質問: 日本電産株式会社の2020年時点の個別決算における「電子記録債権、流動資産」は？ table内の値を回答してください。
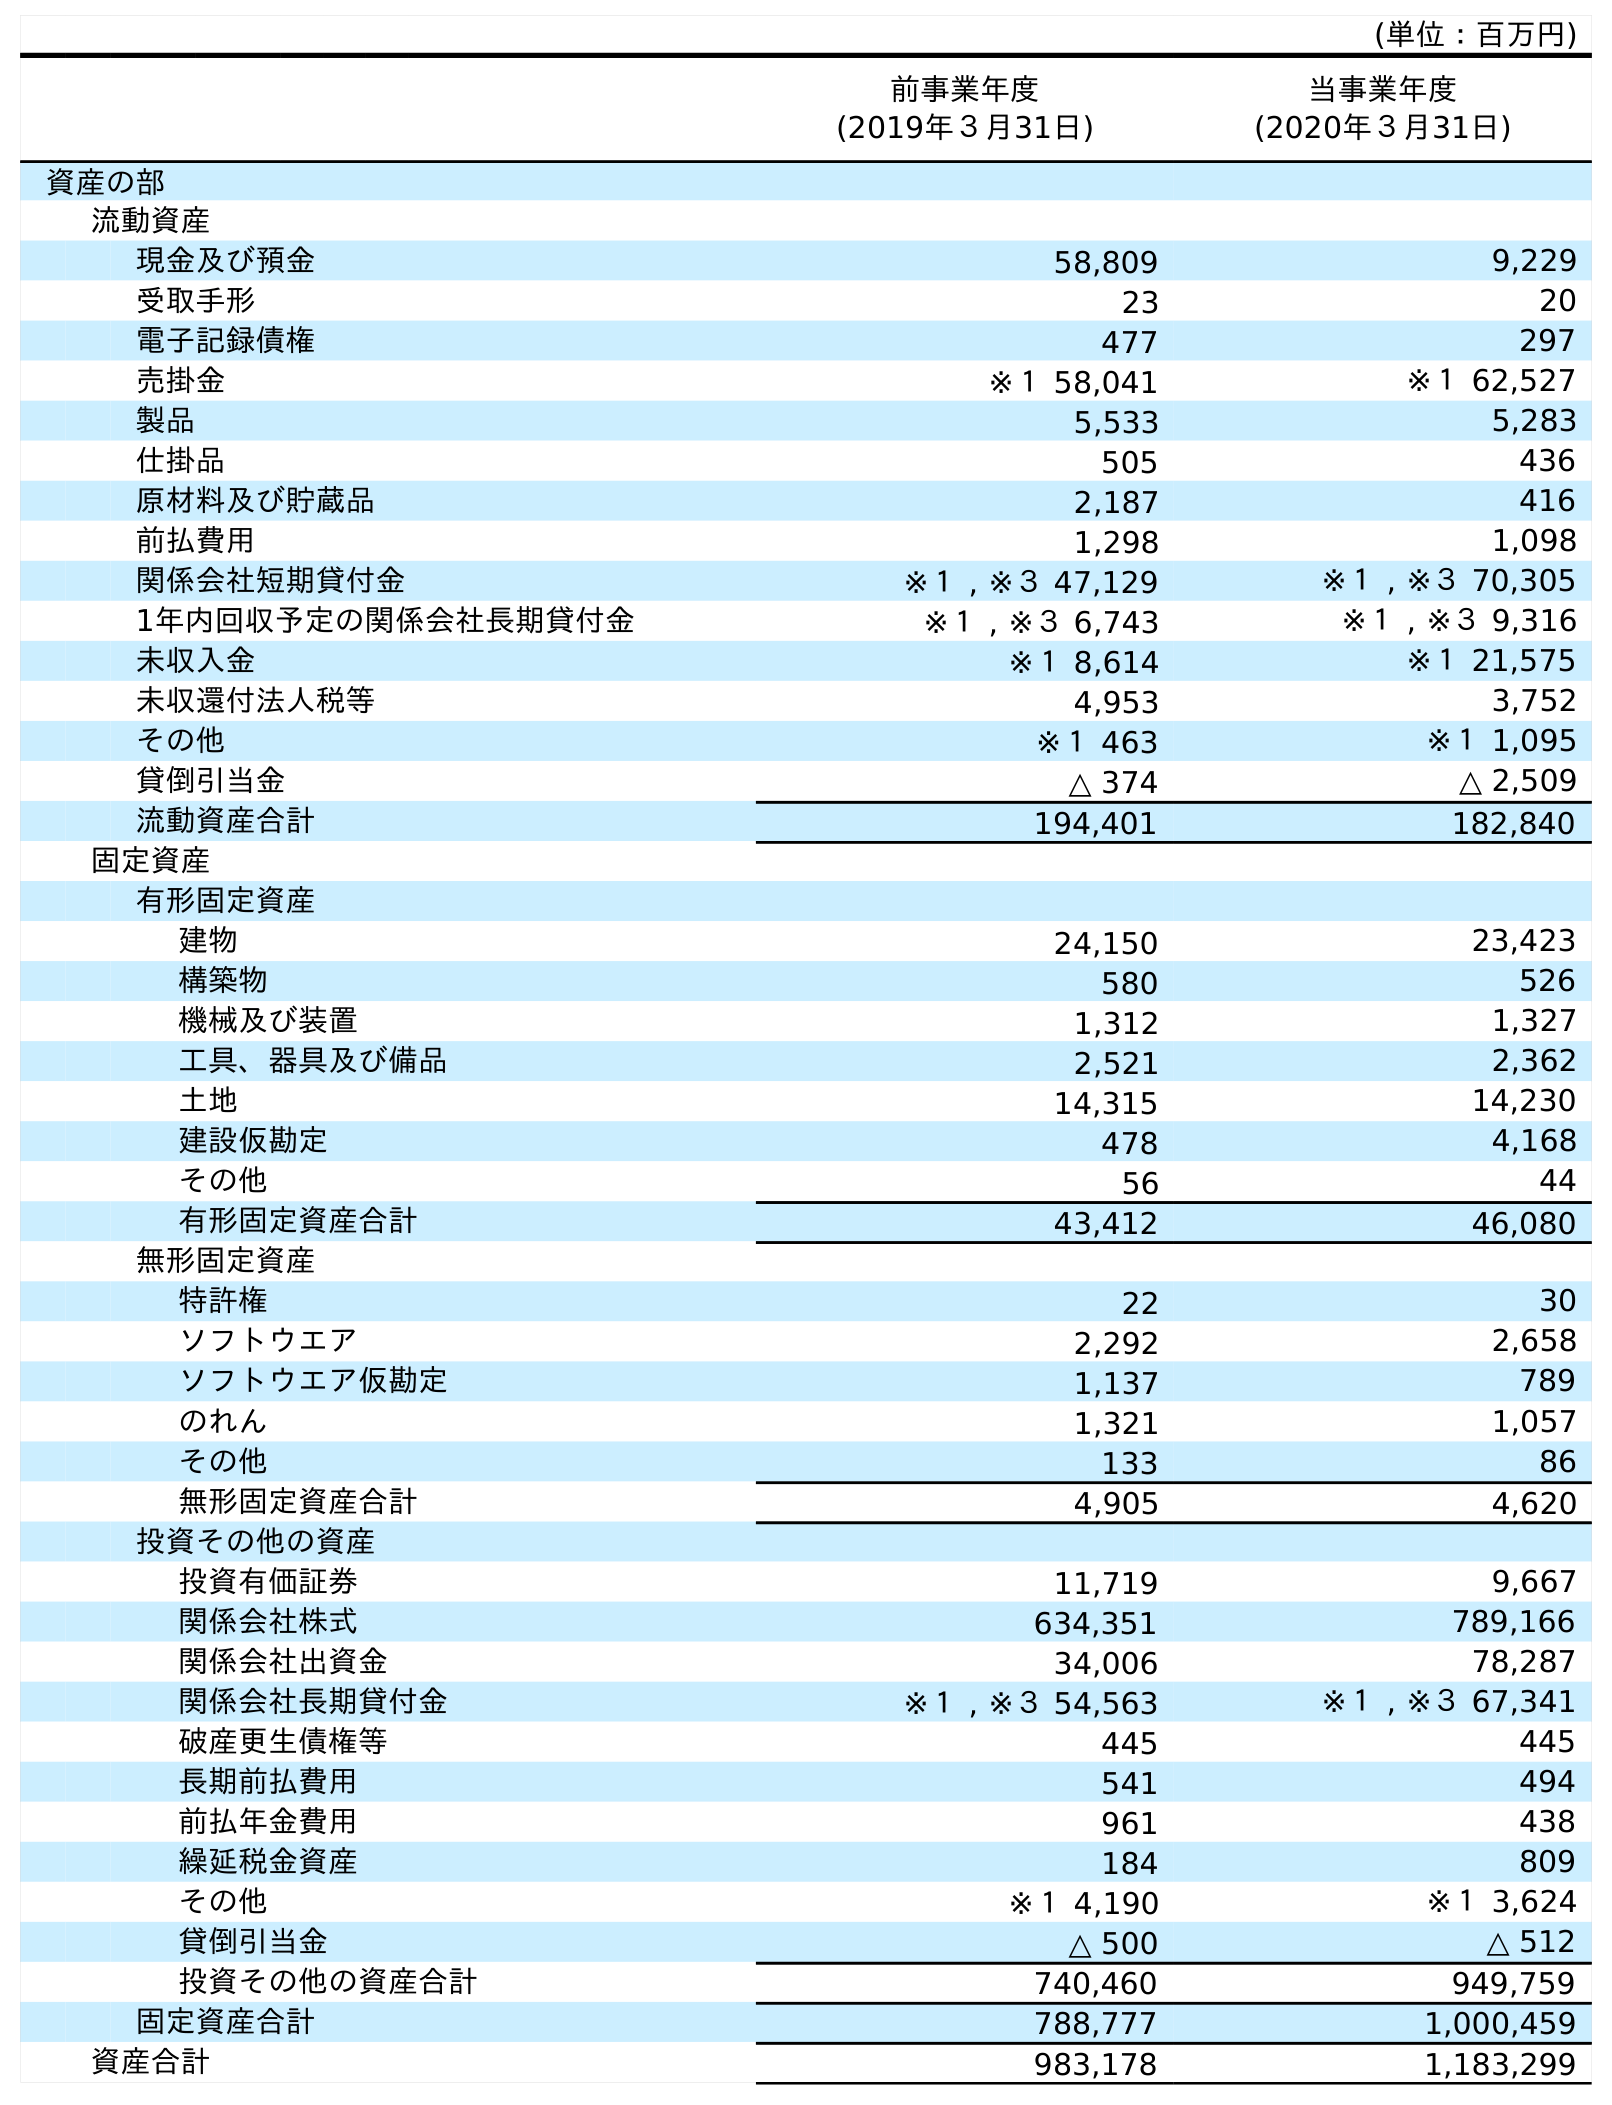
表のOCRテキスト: (単位：百万円) 前事業年度 (2019年３月31日) 当事業年度 (2020年３月31日) 資産の部 流動資産 現金及び預金 58,809 9,229 受取手形 23 20 電子記録債権 477 297 売掛金 ※１ 58,041 ※１ 62,527 製品 5,533 5,283 仕掛品 505 436 原材料及び貯蔵品 2,187 416 前払費用 1,298 1,098 関係会社短期貸付金 ※１ , ※３ 47,129 ※１ , ※３ 70,305 1年内回収予定の関係会社長期貸付金 ※１ , ※３ 6,743 ※１ , ※３ 9,316 未収入金 ※１ 8,614 ※１ 21,575 未収還付法人税等 4,953 3,752 その他 ※１ 463 ※１ 1,095 貸倒引当金 △ 374 △ 2,509 流動資産合計 194,401 182,840 固定資産 有形固定資産 建物 24,150 23,423 構築物 580 526 機械及び装置 1,312 1,327 工具、器具及び備品 2,521 2,362 土地 14,315 14,230 建設仮勘定 478 4,168 その他 56 44 有形固定資産合計 43,412 46,080 無形固定資産 特許権 22 30 ソフトウエア 2,292 2,658 ソフトウエア仮勘定 1,137 789 のれん 1,321 1,057 その他 133 86 無形固定資産合計 4,905 4,620 投資その他の資産 投資有価証券 11,719 9,667 関係会社株式 634,351 789,166 関係会社出資金 34,006 78,287 関係会社長期貸付金 ※１ , ※３ 54,563 ※１ , ※３ 67,341 破産更生債権等 445 445 長期前払費用 541 494 前払年金費用 961 438 繰延税金資産 184 809 その他 ※１ 4,190 ※１ 3,624 貸倒引当金 △ 500 △ 512 投資その他の資産合計 740,460 949,759 固定資産合計 788,777 1,000,459 資産合計 983,178 1,183,299
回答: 297